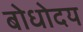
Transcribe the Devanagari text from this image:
बोधोदय